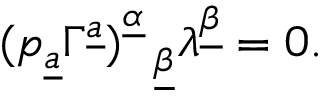
( p _ { \underline { { a } } } \Gamma ^ { \underline { { a } } } ) _ { ~ ~ \underline { { \beta } } } ^ { \underline { { \alpha } } } \lambda ^ { \underline { { \beta } } } = 0 .